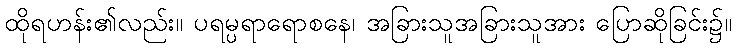
ထိုရဟန်း၏လည်း။ ပရမ္ပရာရောစနေ၊ အခြားသူအခြားသူအား ပြောဆိုခြင်း၌။